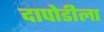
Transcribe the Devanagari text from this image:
दापोडीला